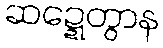
ဆဍ္ဍေတွာန